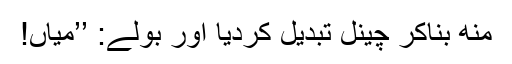
منھ بناکر چینل تبدیل کردیا اور بولے: ’’میاں!